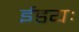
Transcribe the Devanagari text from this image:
ईडयः